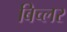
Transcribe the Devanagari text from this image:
बिच्लर